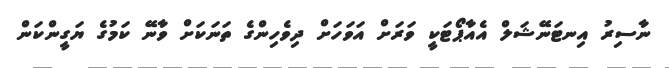
ނާސިރު އިނޓަނޭޝަލް އެއާޕޯޓަކީ ވަރަށް އަވަހަށް ދިވެހިންގެ ތަނަކަށް ވާނޭ ކަމުގެ ޔަގީންކަން